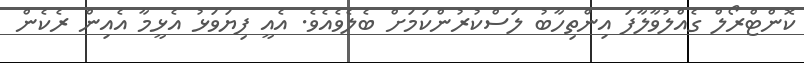
ކޮންޓްރޯލް ގެއްލުވާލާފަ އިންތިހާބު ލަސްކުރުންކަމަށް ބެލެވެއެވެ. އެއީ ފިޔަވަޅު އެޅީމާ އެއިން ރެކެން